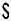
S